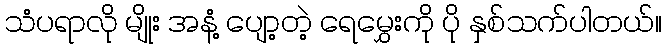
သံပရာလို မျိုး အနံ့ ပျော့တဲ့ ရေမွှေးကို ပို နှစ်သက်ပါတယ်။